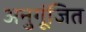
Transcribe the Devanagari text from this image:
अनुगूंजित